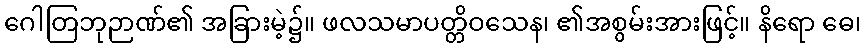
ဂေါတြဘုဉာဏ်၏ အခြားမဲ့၌။ ဖလသမာပတ္တိဝသေန၊ ၏အစွမ်းအားဖြင့်။ နိရော ဓေ၊